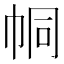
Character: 𢂓